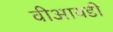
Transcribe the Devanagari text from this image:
वीआयडी